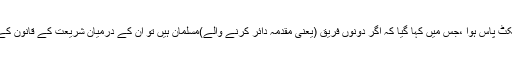
1937ء میں ایک ایکٹ پاس ہوا ،جس میں کہا گیا کہ اگر دونوں فریق (یعنی مقدمہ دائر کرنے والے)مسلمان ہیں تو ان کے درمیان شریعت کے قانون کے مطابق فیصلہ ہوگا۔